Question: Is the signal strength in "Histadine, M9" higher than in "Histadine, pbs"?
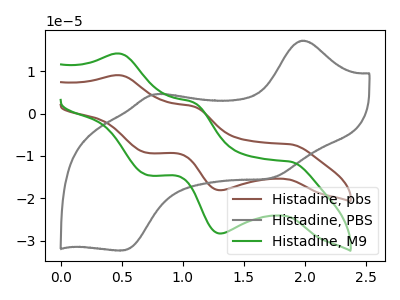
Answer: <think>The brown curve "Histadine, pbs" has anodic peaks at (0.50V, 9.05uA) (1.10V, 1.70uA) and cathodic peaks at (1.90V, -7.25uA) (1.30V, -18.10uA) (0.70V, -9.30uA). The gray curve "Histadine, PBS" has anodic peaks at (2.00V, 17.25uA) (0.75V, 4.55uA) and cathodic peaks at (1.70V, -15.25uA) (0.50V, -32.35uA). The green curve "Histadine, M9" has anodic peaks at (0.50V, 14.20uA) (1.10V, 2.65uA) and cathodic peaks at (1.90V, -11.35uA) (1.30V, -28.35uA) (0.70V, -14.55uA).
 All the peaks in "Histadine, M9" have a peak in "Histadine, pbs" at the same potential. Every peak in "Histadine, M9" is higher than every peak in "Histadine, pbs".</think>
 <answer>"Histadine, M9" has more signal than "Histadine, pbs".</answer>
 <eval>more_signal</eval>